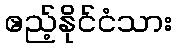
ဧည့်နိုင်ငံသား